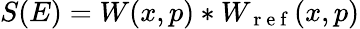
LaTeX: S(E)=W(x,p)\ast W_{\mathrm{~r~e~f~}}(x,p)